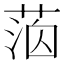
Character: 𦳸